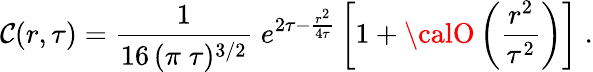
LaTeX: \mathcal{C}(r,\tau)={\frac{{1}}{{16\, (\pi\; \tau)^{3/2}}}}\; e^{2\tau-{\frac{{r^{2}}}{{4\tau}}}}\left[1+{\calO}\left({\frac{{r^{2}}}{{\tau^{2}}}}\right)\right]\; .